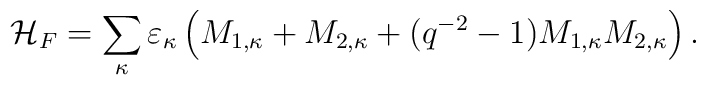
{\cal H}_F=\sum_\kappa \varepsilon_\kappa\left(M_{1,\kappa}+M_{2,\kappa}+(q^{-2}-1)M_{1,\kappa}M_{2,\kappa}\right).